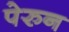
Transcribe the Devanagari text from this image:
पेरुन